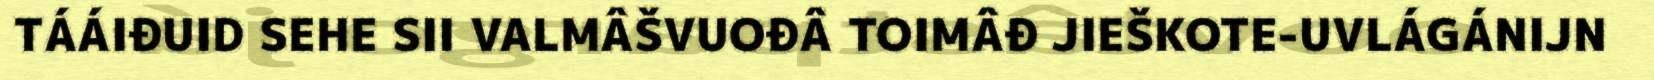
TÁÁIĐUID SEHE SII VALMÂŠVUOĐÂ TOIMÂĐ JIEŠKOTE-UVLÁGÁNIJN